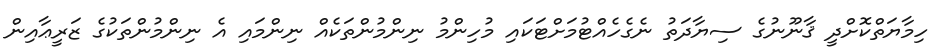
ހިމާޔަތްކޮށްދީ ޤާނޫނުގެ ސިޔާދަތު ނެގެހެއްޓުމަށްޓަކައި މުހިންމު ނިންމުންތަކެއް ނިންމައި އެ ނިންމުންތަކުގެ ޒަރީޢާއިން